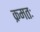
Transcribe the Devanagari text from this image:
क्रमतः